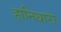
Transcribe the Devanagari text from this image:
हानिधारा